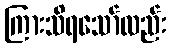
ကြားသိရသော်လည်း